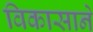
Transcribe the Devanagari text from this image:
विकासाने